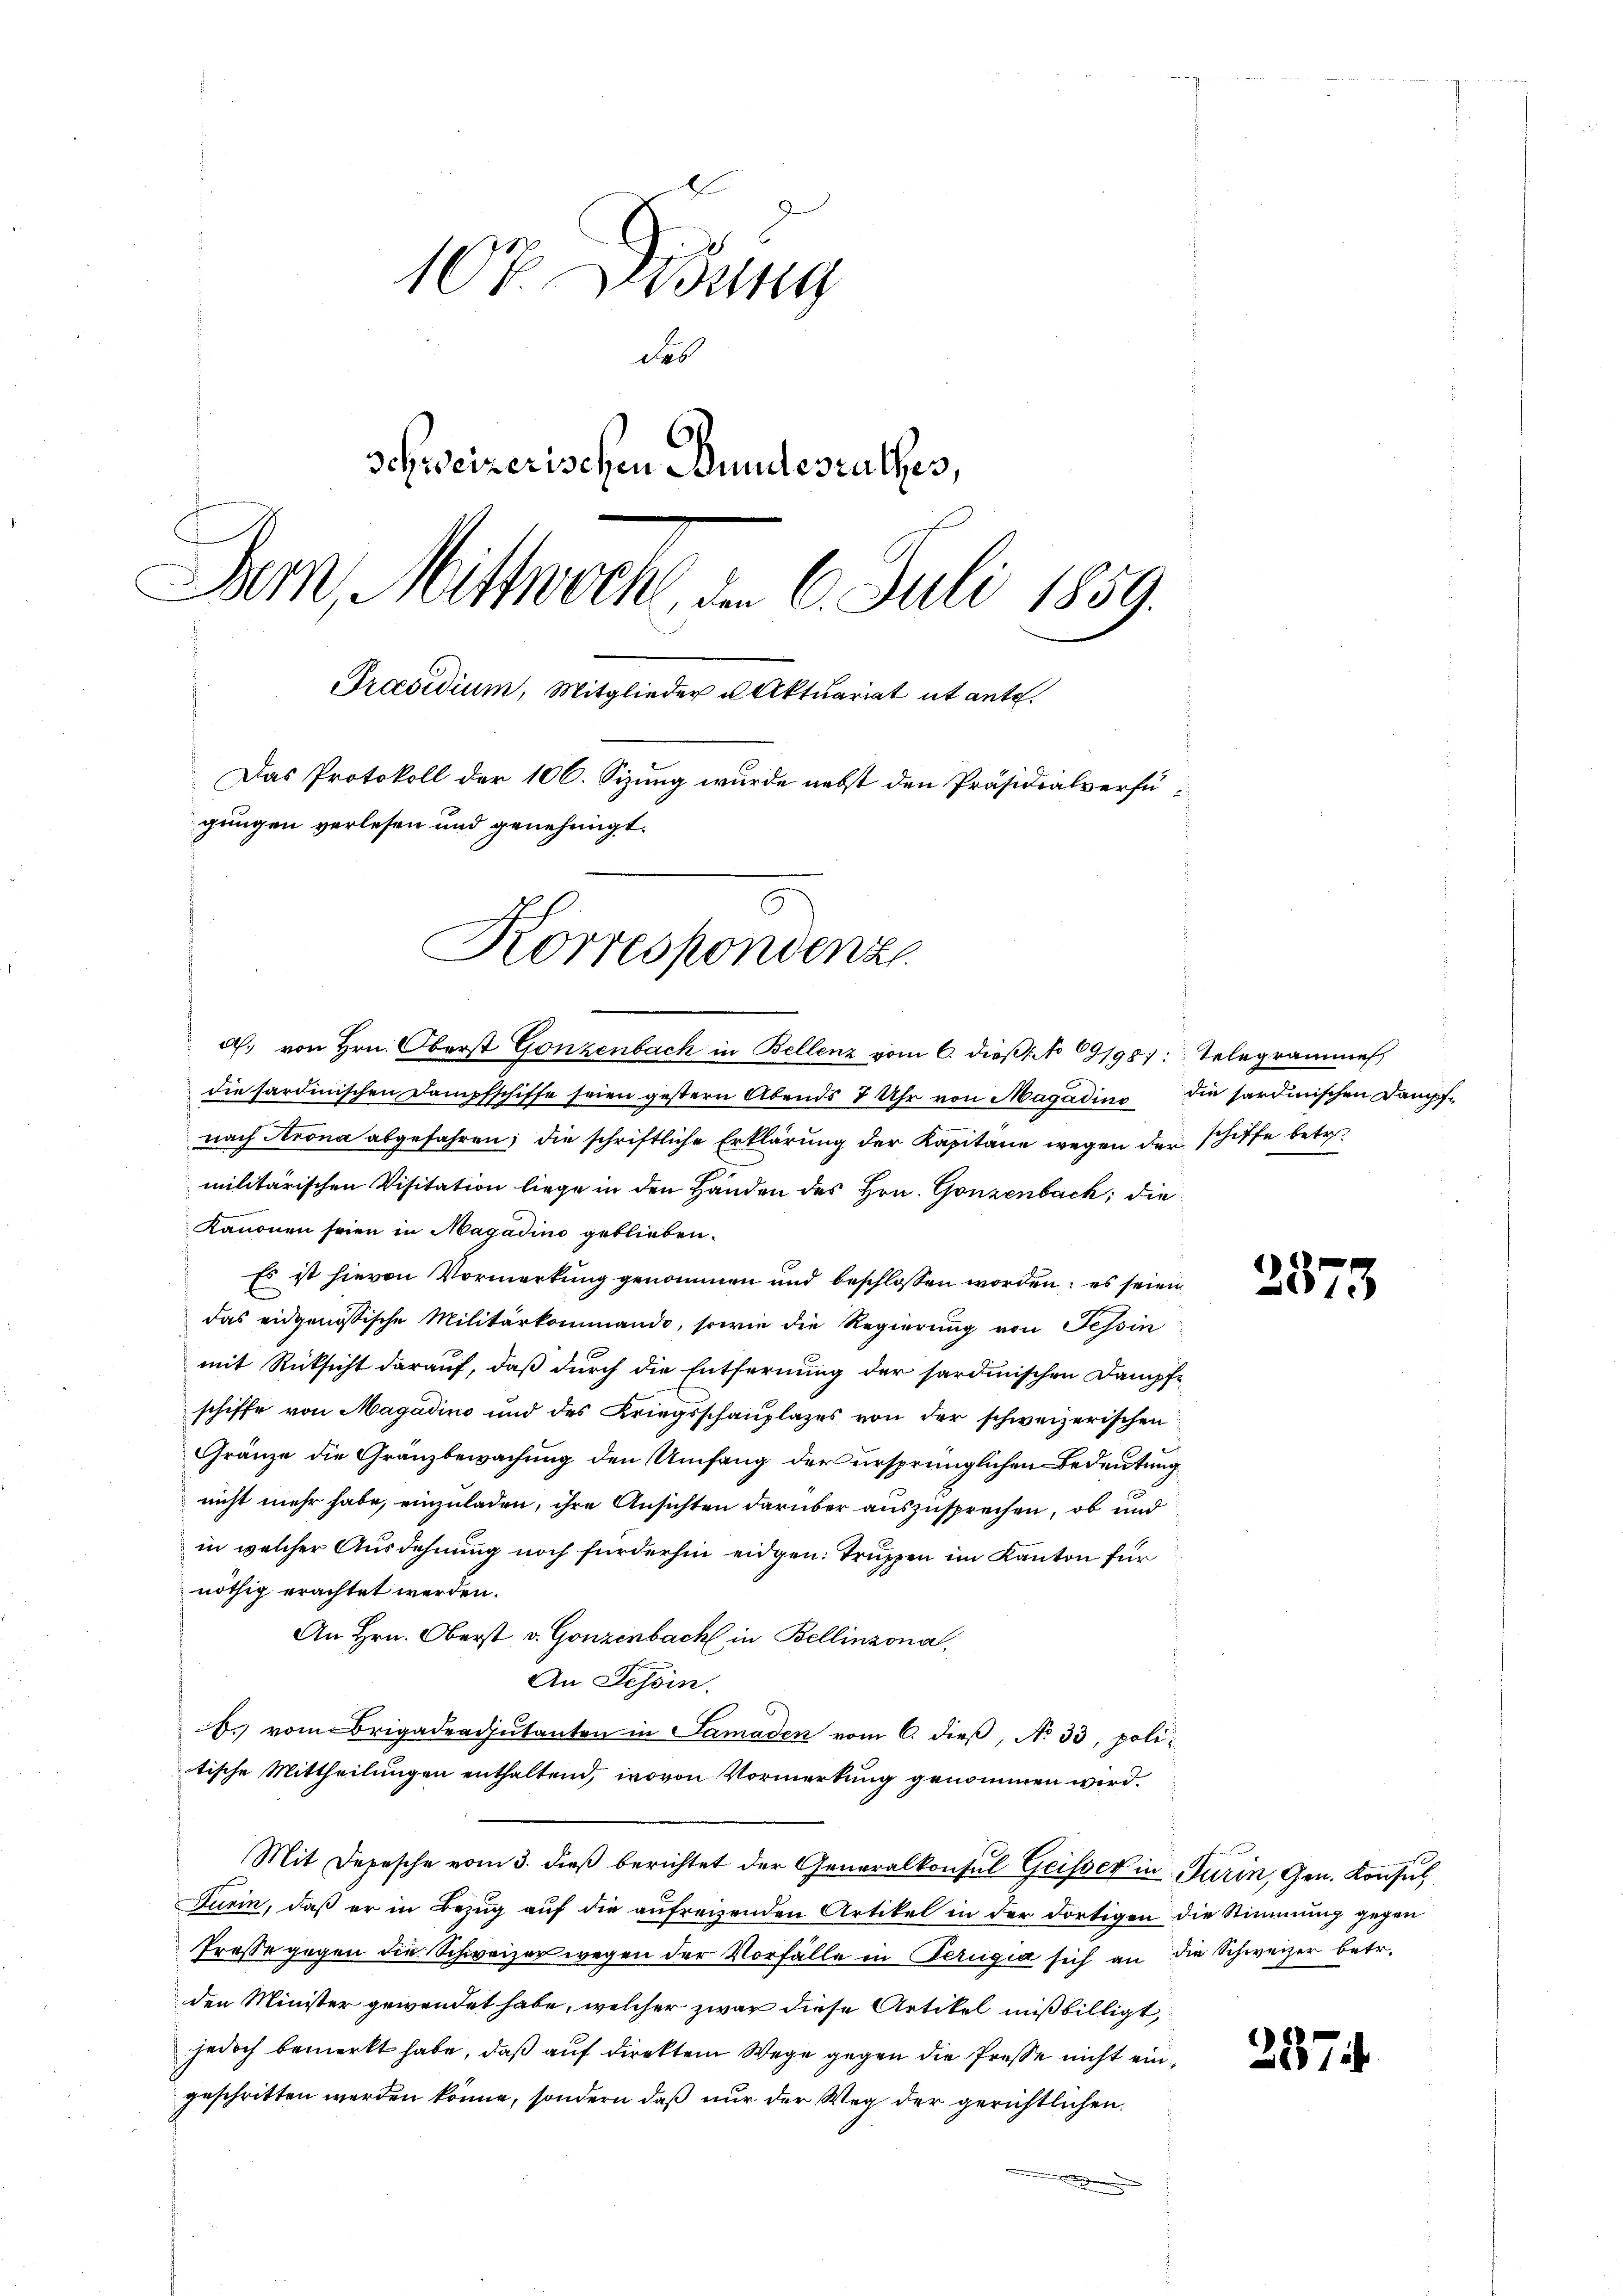
107 Didung
das
schweizerischen Bundesrathes,
Sum Mittwoch, u. 6. Juli 1859.
Præsidium, Mitglieder u Aktuariat et ante.
Das Protokoll der 106. Sizung wurde nebst den Präsidialverfügungen verlesen und genehmigt.
Korrespondenz

d. von Hrn. Oberst Gonzenbach in Bellenz vom 6. dieß: No 69198): Telegrammen,

die sardinischen Dampfschiffe seien gestern Abends 7 Uhr von Magadino die sardinischen Dampfnach Arona abgefahren; die schriftliche Erklärung der Kapitane wegen der schiffe betr.
militärischen Visitation liege in den Handen des Hrn. Gonzenbach, die
Kanonen seien in Magadino geblieben.
Es ist hievon Vormerkung genommen und beschlossen worden; es seien
das eidgenössische Militärkommando, sowie die Regierung von Tessin
mit Rücksicht darauf, daß durch die Entfernung der sardinischen Dampfe
schiffe von Magadino und des Kriegsschaŭplazes von der schweizerischen
Gränze die Gränzbewachung den Umfang der ursprünglichen Bedeutung
nicht mehr habe, einzuladen, ihre Ansichten darüber auszusprechen, ob und
in welcher Ausdehnung noch fürderhin eidgen: Truppen im Kanton für
nöthig erachtet werden.
An Hrn. Oberst v. Gonzenbach in Bellinzona.
An Tessin.
b. vom Brigadensŭtanten in Samaden vom 6. dieβ, No 33. politische Mittheilungen enthaltend, wovon Vormerkung genommen wird.
Mit Depesche vom 3. dieß berichtet der Generalkonsul Geisser in Turin, Gen. Konsul
Turin, daß er in Bezug auf die aufreizenden Artikel in der dortigen die Stimmung gegen
Presse gegen die Schweizer wegen der Vorfälle in Perugia sich an die Schweizer betr.
den Minister gewendet habe, welcher zwar diese Artikel mißbilligt,
jedoch bemerkt habe, daß auf direktem Wege gegen die Presse nicht eingeschritten werden könne, sondern daß nur der Weg der gerichtlichen

387.

257